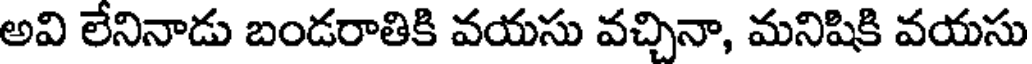
అవి లేనినాడు బండరాతికి వయసు వచ్చినా, మనిషికి వయసు